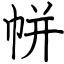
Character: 帡